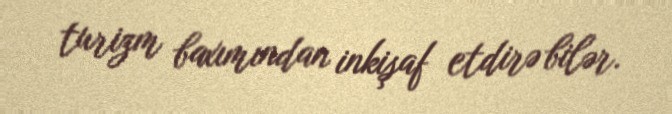
turizm baxımından inkişaf etdirə bilər.